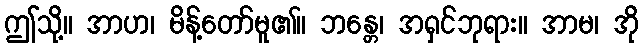
ဤသို့။ အာဟ၊ မိန့်တော်မူ၏။ ဘန္တေ၊ အရှင်ဘုရား။ အာမ၊ အို